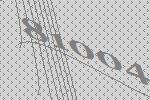
81004